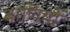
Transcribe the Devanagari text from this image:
बाणियों